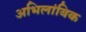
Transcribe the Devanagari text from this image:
अभिलांबिक